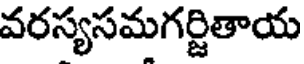
వరస్యసమగర్జితాయ